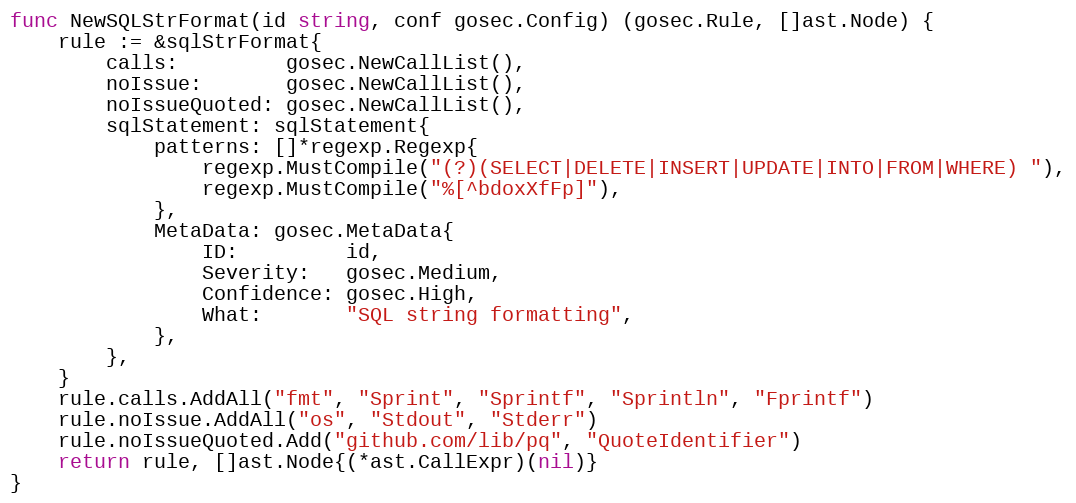
Language: Go
func NewSQLStrFormat(id string, conf gosec.Config) (gosec.Rule, []ast.Node) {
	rule := &sqlStrFormat{
		calls:         gosec.NewCallList(),
		noIssue:       gosec.NewCallList(),
		noIssueQuoted: gosec.NewCallList(),
		sqlStatement: sqlStatement{
			patterns: []*regexp.Regexp{
				regexp.MustCompile("(?)(SELECT|DELETE|INSERT|UPDATE|INTO|FROM|WHERE) "),
				regexp.MustCompile("%[^bdoxXfFp]"),
			},
			MetaData: gosec.MetaData{
				ID:         id,
				Severity:   gosec.Medium,
				Confidence: gosec.High,
				What:       "SQL string formatting",
			},
		},
	}
	rule.calls.AddAll("fmt", "Sprint", "Sprintf", "Sprintln", "Fprintf")
	rule.noIssue.AddAll("os", "Stdout", "Stderr")
	rule.noIssueQuoted.Add("github.com/lib/pq", "QuoteIdentifier")
	return rule, []ast.Node{(*ast.CallExpr)(nil)}
}